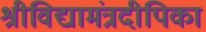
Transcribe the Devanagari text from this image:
श्रीविद्यामंत्रदीपिका